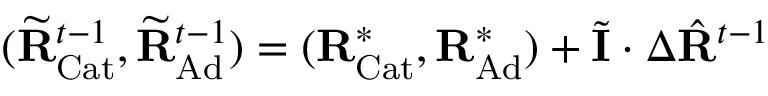
( \widetilde { \mathbf { R } } _ { \mathrm { C a t } } ^ { t - 1 } , \widetilde { \mathbf { R } } _ { \mathrm { A d } } ^ { t - 1 } ) = ( \mathbf { R } _ { \mathrm { C a t } } ^ { * } , \mathbf { R } _ { \mathrm { A d } } ^ { * } ) + \widetilde { \mathbf { I } } \cdot \Delta \hat { \mathbf { R } } ^ { t - 1 }